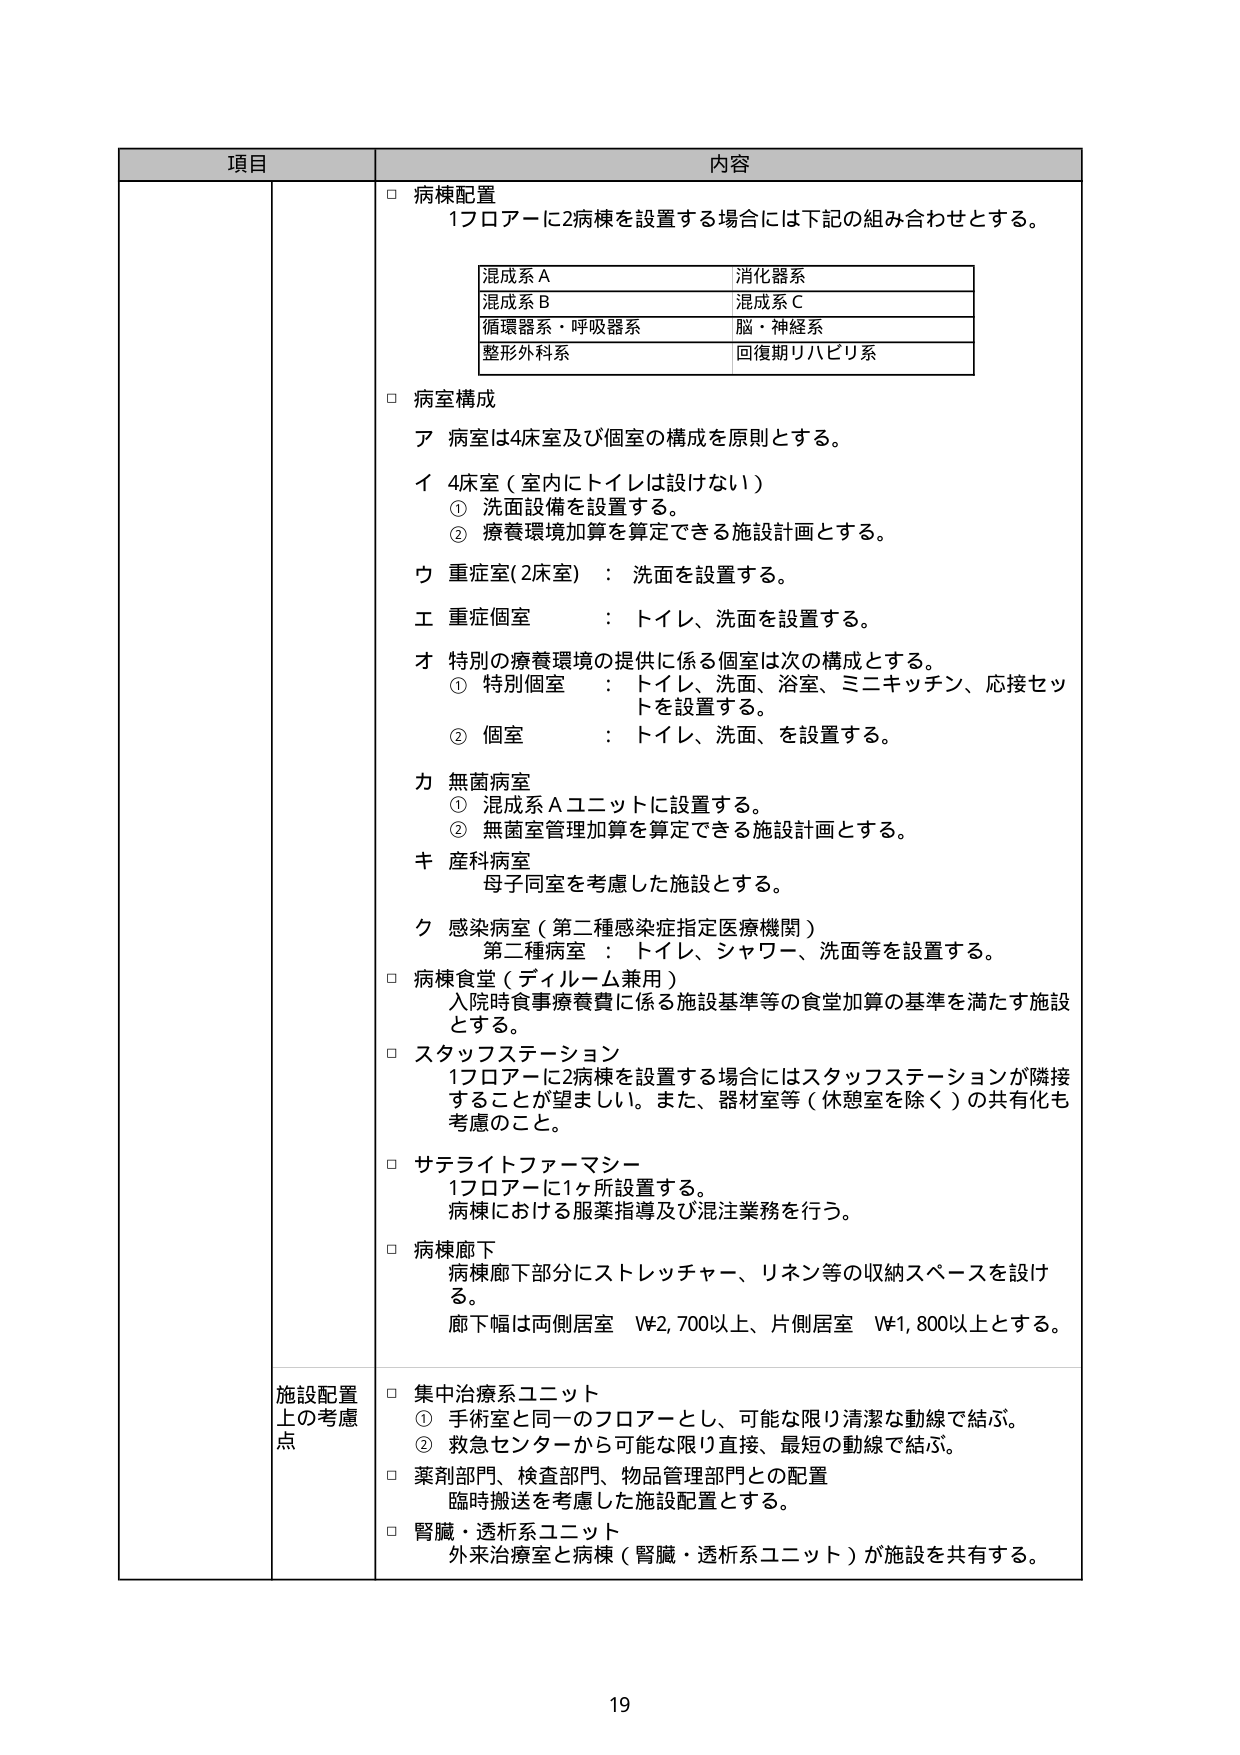
項目 内容
□ 病棟配置
1フロアーに2病棟を設置する場合には下記の組み合わせとする。
混成系A 消化器系
混成系B 混成系C
循環器系・呼吸器系 脳・神経系
整形外科系 回復期リハビリ系
□ 病室構成
ア 病室は4床室及び個室の構成を原則とする。
イ 4床室（室内にトイレは設けない）
① 洗面設備を設置する。
② 療養環境加算を算定できる施設計画とする。
ウ 重症室(2床室) ： 洗面を設置する。
エ 重症個室 ： トイレ、洗面を設置する。
オ 特別の療養環境の提供に係る個室は次の構成とする。
① 特別個室 ： トイレ、洗面、浴室、ミニキッチン、応接セットを設置する。
② 個室 ： トイレ、洗面、を設置する。
カ 無菌病室
① 混成系Aユニットに設置する。
② 無菌室管理加算を算定できる施設計画とする。
キ 産科病室
母子同室を考慮した施設とする。
ク 感染病室（第二種感染症指定医療機関）
第二種病室 ： トイレ、シャワー、洗面等を設置する。
□ 病棟食堂（ディルーム兼用）
入院時食事療養費に係る施設基準等の食堂加算の基準を満たす施設とする。
□ スタッフステーション
1フロアーに2病棟を設置する場合にはスタッフステーションが隣接することが望ましい。また、器材室等（休憩室を除く）の共有化も考慮のこと。
□ サテライトファーマシー
1フロアーに1ヶ所設置する。
病棟における服薬指導及び混注業務を行う。
□ 病棟廊下
病棟廊下部分にストレッチャー、リネン等の収納スペースを設ける。
廊下幅は両側居室 W2,700以上、片側居室 W1,800以上とする。
施設配置上の考慮点
□ 集中治療系ユニット
① 手術室と同一のフロアーとし、可能な限り清潔な動線で結ぶ。
② 救急センターから可能な限り直接、最短の動線で結ぶ。
□ 薬剤部門、検査部門、物品管理部門との配置
臨時搬送を考慮した施設配置とする。
□ 腎臓・透析系ユニット
外来治療室と病棟（腎臓・透析系ユニット）が施設を共有する。
19